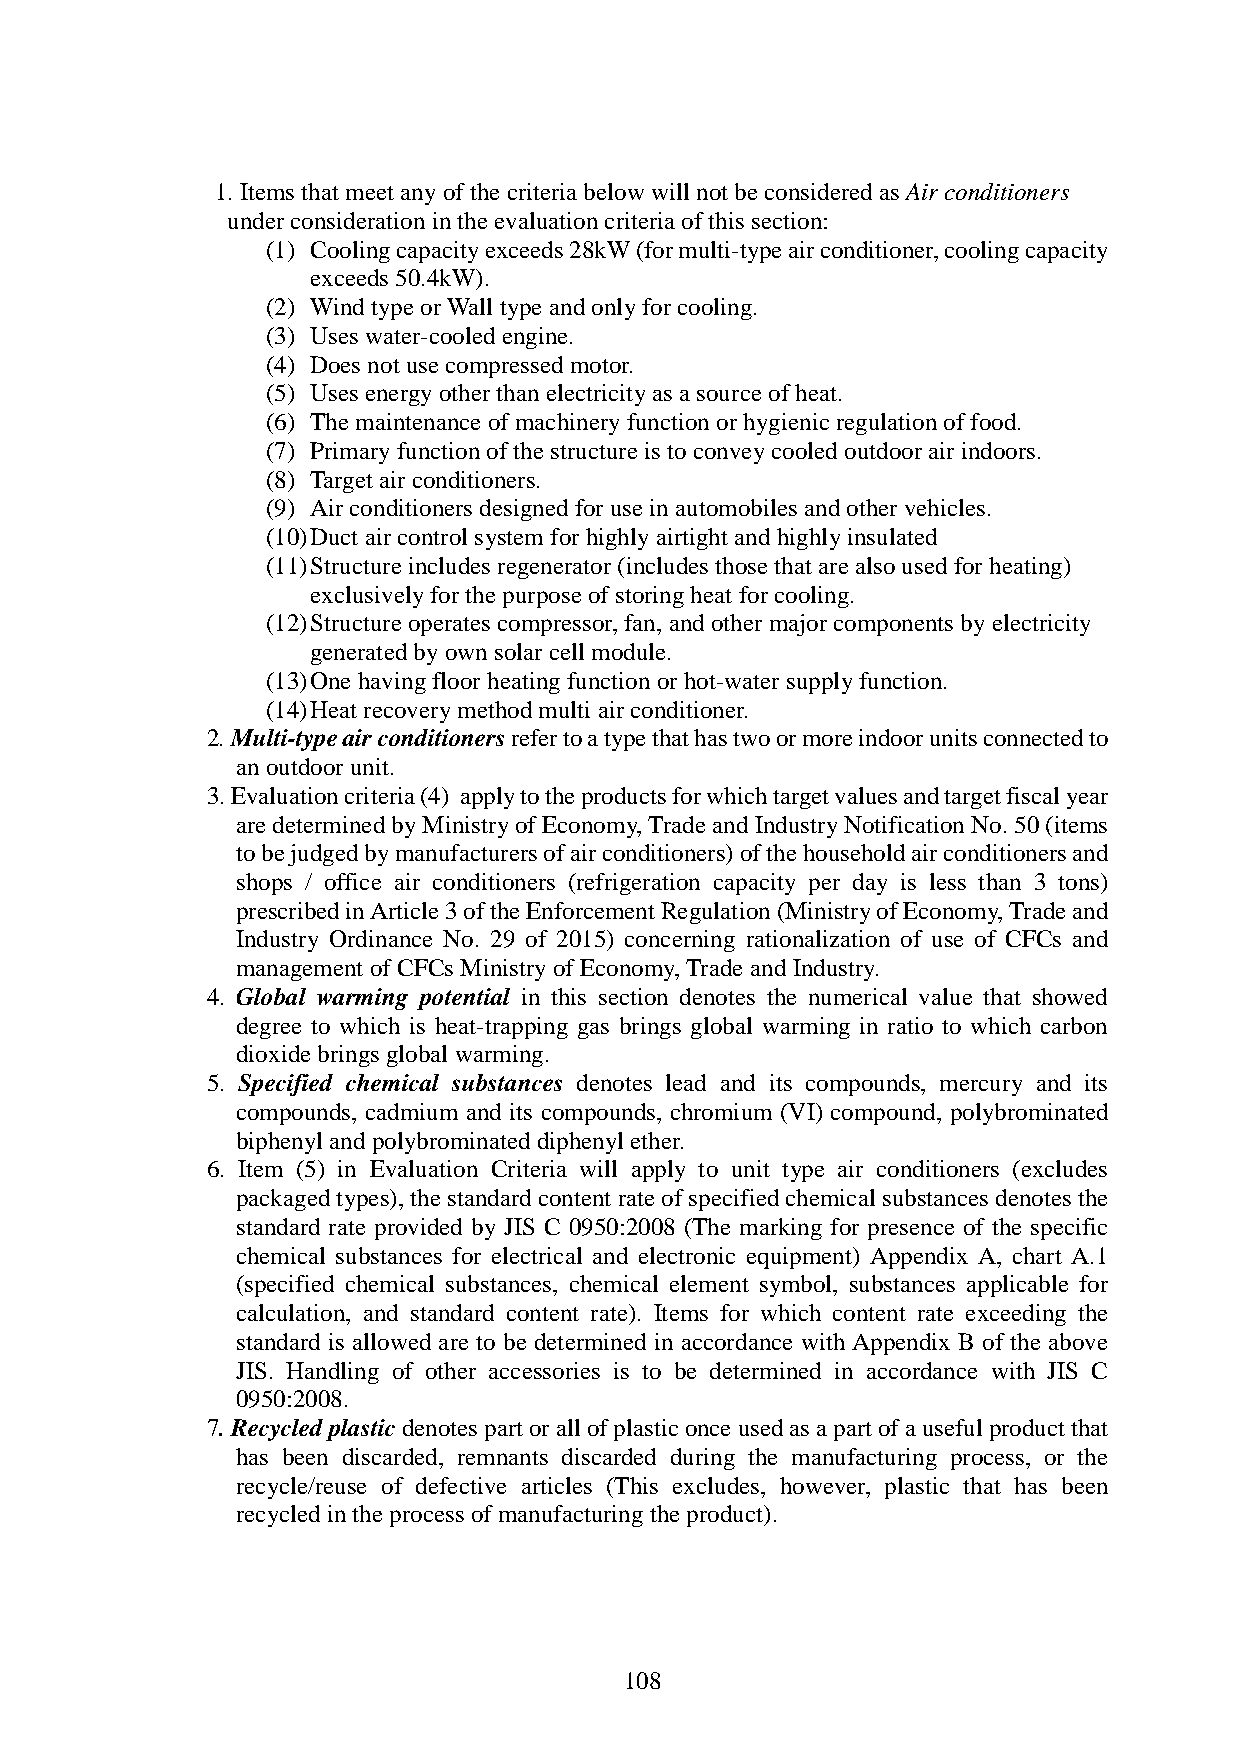
1. Items that meet any of the criteria below will not be considered as Air conditioners
 under consideration in the evaluation criteria of this section:
 (1) Cooling capacity exceeds 28kW (for multi-type air conditioner, cooling capacity
 exceeds 50.4kW).
 (2) Wind type or Wall type and only for cooling.
 (3) Uses water-cooled engine.
 (4) Does not use compressed motor.
 (5) Uses energy other than electricity as a source of heat.
 (6) The maintenance of machinery function or hygienic regulation of food.
 (7) Primary function of the structure is to convey cooled outdoor air indoors.
 (8) Target air conditioners.
 (9) Air conditioners designed for use in automobiles and other vehicles.
 (10) Duct air control system for highly airtight and highly insulated
 (11) Structure includes regenerator (includes those that are also used for heating)
 exclusively for the purpose of storing heat for cooling.
 (12) Structure operates compressor, fan, and other major components by electricity
 generated by own solar cell module.
 (13) One having floor heating function or hot-water supply function.
 (14) Heat recovery method multi air conditioner.
 2. Multi-type air conditioners refer to a type that has two or more indoor units connected to
 an outdoor unit.
 3. Evaluation criteria (4) apply to the products for which target values and target fiscal year
 are determined by Ministry of Economy, Trade and Industry Notification No. 50 (items
 to be judged by manufacturers of air conditioners) of the household air conditioners and
 shops / office air conditioners (refrigeration capacity per day is less than 3 tons)
 prescribed in Article 3 of the Enforcement Regulation (Ministry of Economy, Trade and
 Industry Ordinance No. 29 of 2015) concerning rationalization of use of CFCs and
 management of CFCs Ministry of Economy, Trade and Industry.
 4. Global warming potential in this section denotes the numerical value that showed
 degree to which is heat-trapping gas brings global warming in ratio to which carbon
 dioxide brings global warming.
 5. Specified chemical substances denotes lead and its compounds, mercury and its
 compounds, cadmium and its compounds, chromium (VI) compound, polybrominated
 biphenyl and polybrominated diphenyl ether.
 6. Item (5) in Evaluation Criteria will apply to unit type air conditioners (excludes
 packaged types), the standard content rate of specified chemical substances denotes the
 standard rate provided by JIS C 0950:2008 (The marking for presence of the specific
 chemical substances for electrical and electronic equipment) Appendix A, chart A.1
 (specified chemical substances, chemical element symbol, substances applicable for
 calculation, and standard content rate). Items for which content rate exceeding the
 standard is allowed are to be determined in accordance with Appendix B of the above
 JIS. Handling of other accessories is to be determined in accordance with JIS C
 0950:2008.
 7. Recycled plastic denotes part or all of plastic once used as a part of a useful product that
 has been discarded, remnants discarded during the manufacturing process, or the
 recycle/reuse of defective articles (This excludes, however, plastic that has been
 recycled in the process of manufacturing the product).
 108